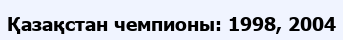
Қазақстан чемпионы: 1998, 2004